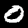
Label: 0